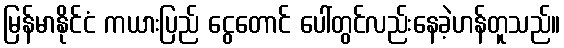
မြန်မာနိုင်ငံ ကယားပြည် ငွေတောင် ပေါ်တွင်လည်းနေခဲ့ဟန်တူသည်။